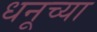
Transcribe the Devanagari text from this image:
धनूच्या